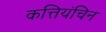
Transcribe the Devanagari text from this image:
कत्तियंचिन